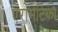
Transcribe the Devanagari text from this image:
एरोमेटिका